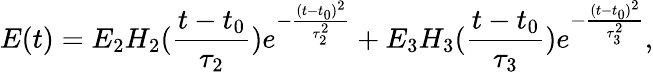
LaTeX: E(t)=E_{2}H_{2}(\frac{t-t_{0}}{\tau_{2}})e^{-\frac{(t-t_{0})^{2}}{\tau_{2}^{2}}}+E_{3}H_{3}(\frac{t-t_{0}}{\tau_{3}})e^{-\frac{(t-t_{0})^{2}}{\tau_{3}^{2}}},